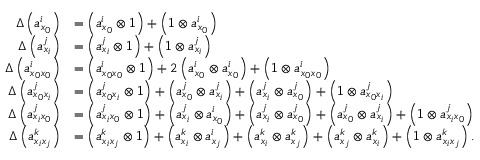
\begin{array} { r l } { \Delta \left( a _ { x _ { 0 } } ^ { i } \right) } & { = \left( a _ { x _ { 0 } } ^ { i } \otimes \mathsf { 1 } \right) + \left( \mathsf { 1 } \otimes a _ { x _ { 0 } } ^ { i } \right) } \\ { \Delta \left( a _ { x _ { i } } ^ { j } \right) } & { = \left( a _ { x _ { i } } ^ { j } \otimes \mathsf { 1 } \right) + \left( \mathsf { 1 } \otimes a _ { x _ { i } } ^ { j } \right) } \\ { \Delta \left( a _ { x _ { 0 } x _ { 0 } } ^ { i } \right) } & { = \left( a _ { x _ { 0 } x _ { 0 } } ^ { i } \otimes \mathsf { 1 } \right) + 2 \left( a _ { x _ { 0 } } ^ { i } \otimes a _ { x _ { 0 } } ^ { i } \right) + \left( \mathsf { 1 } \otimes a _ { x _ { 0 } x _ { 0 } } ^ { i } \right) } \\ { \Delta \left( a _ { x _ { 0 } x _ { i } } ^ { j } \right) } & { = \left( a _ { x _ { 0 } x _ { i } } ^ { j } \otimes \mathsf { 1 } \right) + \left( a _ { x _ { 0 } } ^ { j } \otimes a _ { x _ { i } } ^ { j } \right) + \left( a _ { x _ { i } } ^ { j } \otimes a _ { x _ { 0 } } ^ { j } \right) + \left( \mathsf { 1 } \otimes a _ { x _ { 0 } x _ { i } } ^ { j } \right) } \\ { \Delta \left( a _ { x _ { i } x _ { 0 } } ^ { j } \right) } & { = \left( a _ { x _ { i } x _ { 0 } } ^ { j } \otimes \mathsf { 1 } \right) + \left( a _ { x _ { i } } ^ { j } \otimes a _ { x _ { 0 } } ^ { i } \right) + \left( a _ { x _ { i } } ^ { j } \otimes a _ { x _ { 0 } } ^ { j } \right) + \left( a _ { x _ { 0 } } ^ { j } \otimes a _ { x _ { i } } ^ { j } \right) + \left( \mathsf { 1 } \otimes a _ { x _ { i } x _ { 0 } } ^ { j } \right) } \\ { \Delta \left( a _ { x _ { i } x _ { j } } ^ { k } \right) } & { = \left( a _ { x _ { i } x _ { j } } ^ { k } \otimes \mathsf { 1 } \right) + \left( a _ { x _ { i } } ^ { k } \otimes a _ { x _ { j } } ^ { i } \right) + \left( a _ { x _ { i } } ^ { k } \otimes a _ { x _ { j } } ^ { k } \right) + \left( a _ { x _ { j } } ^ { k } \otimes a _ { x _ { i } } ^ { k } \right) + \left( \mathsf { 1 } \otimes a _ { x _ { i } x _ { j } } ^ { k } \right) . } \end{array}